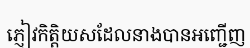
ភ្ញៀវកិត្តិយសដែលនាងបានអញ្ជើញ